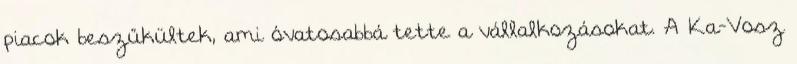
piacok beszűkültek, ami óvatosabbá tette a vállalkozásokat. A Ka-Vosz